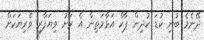
ދޭނެމެ ބުނި ކުޑަ ކުދިން ޕާކް އަޅާމަތިން އެ ރަށު ވިޔަފާރި ވެރިޔަކަށް